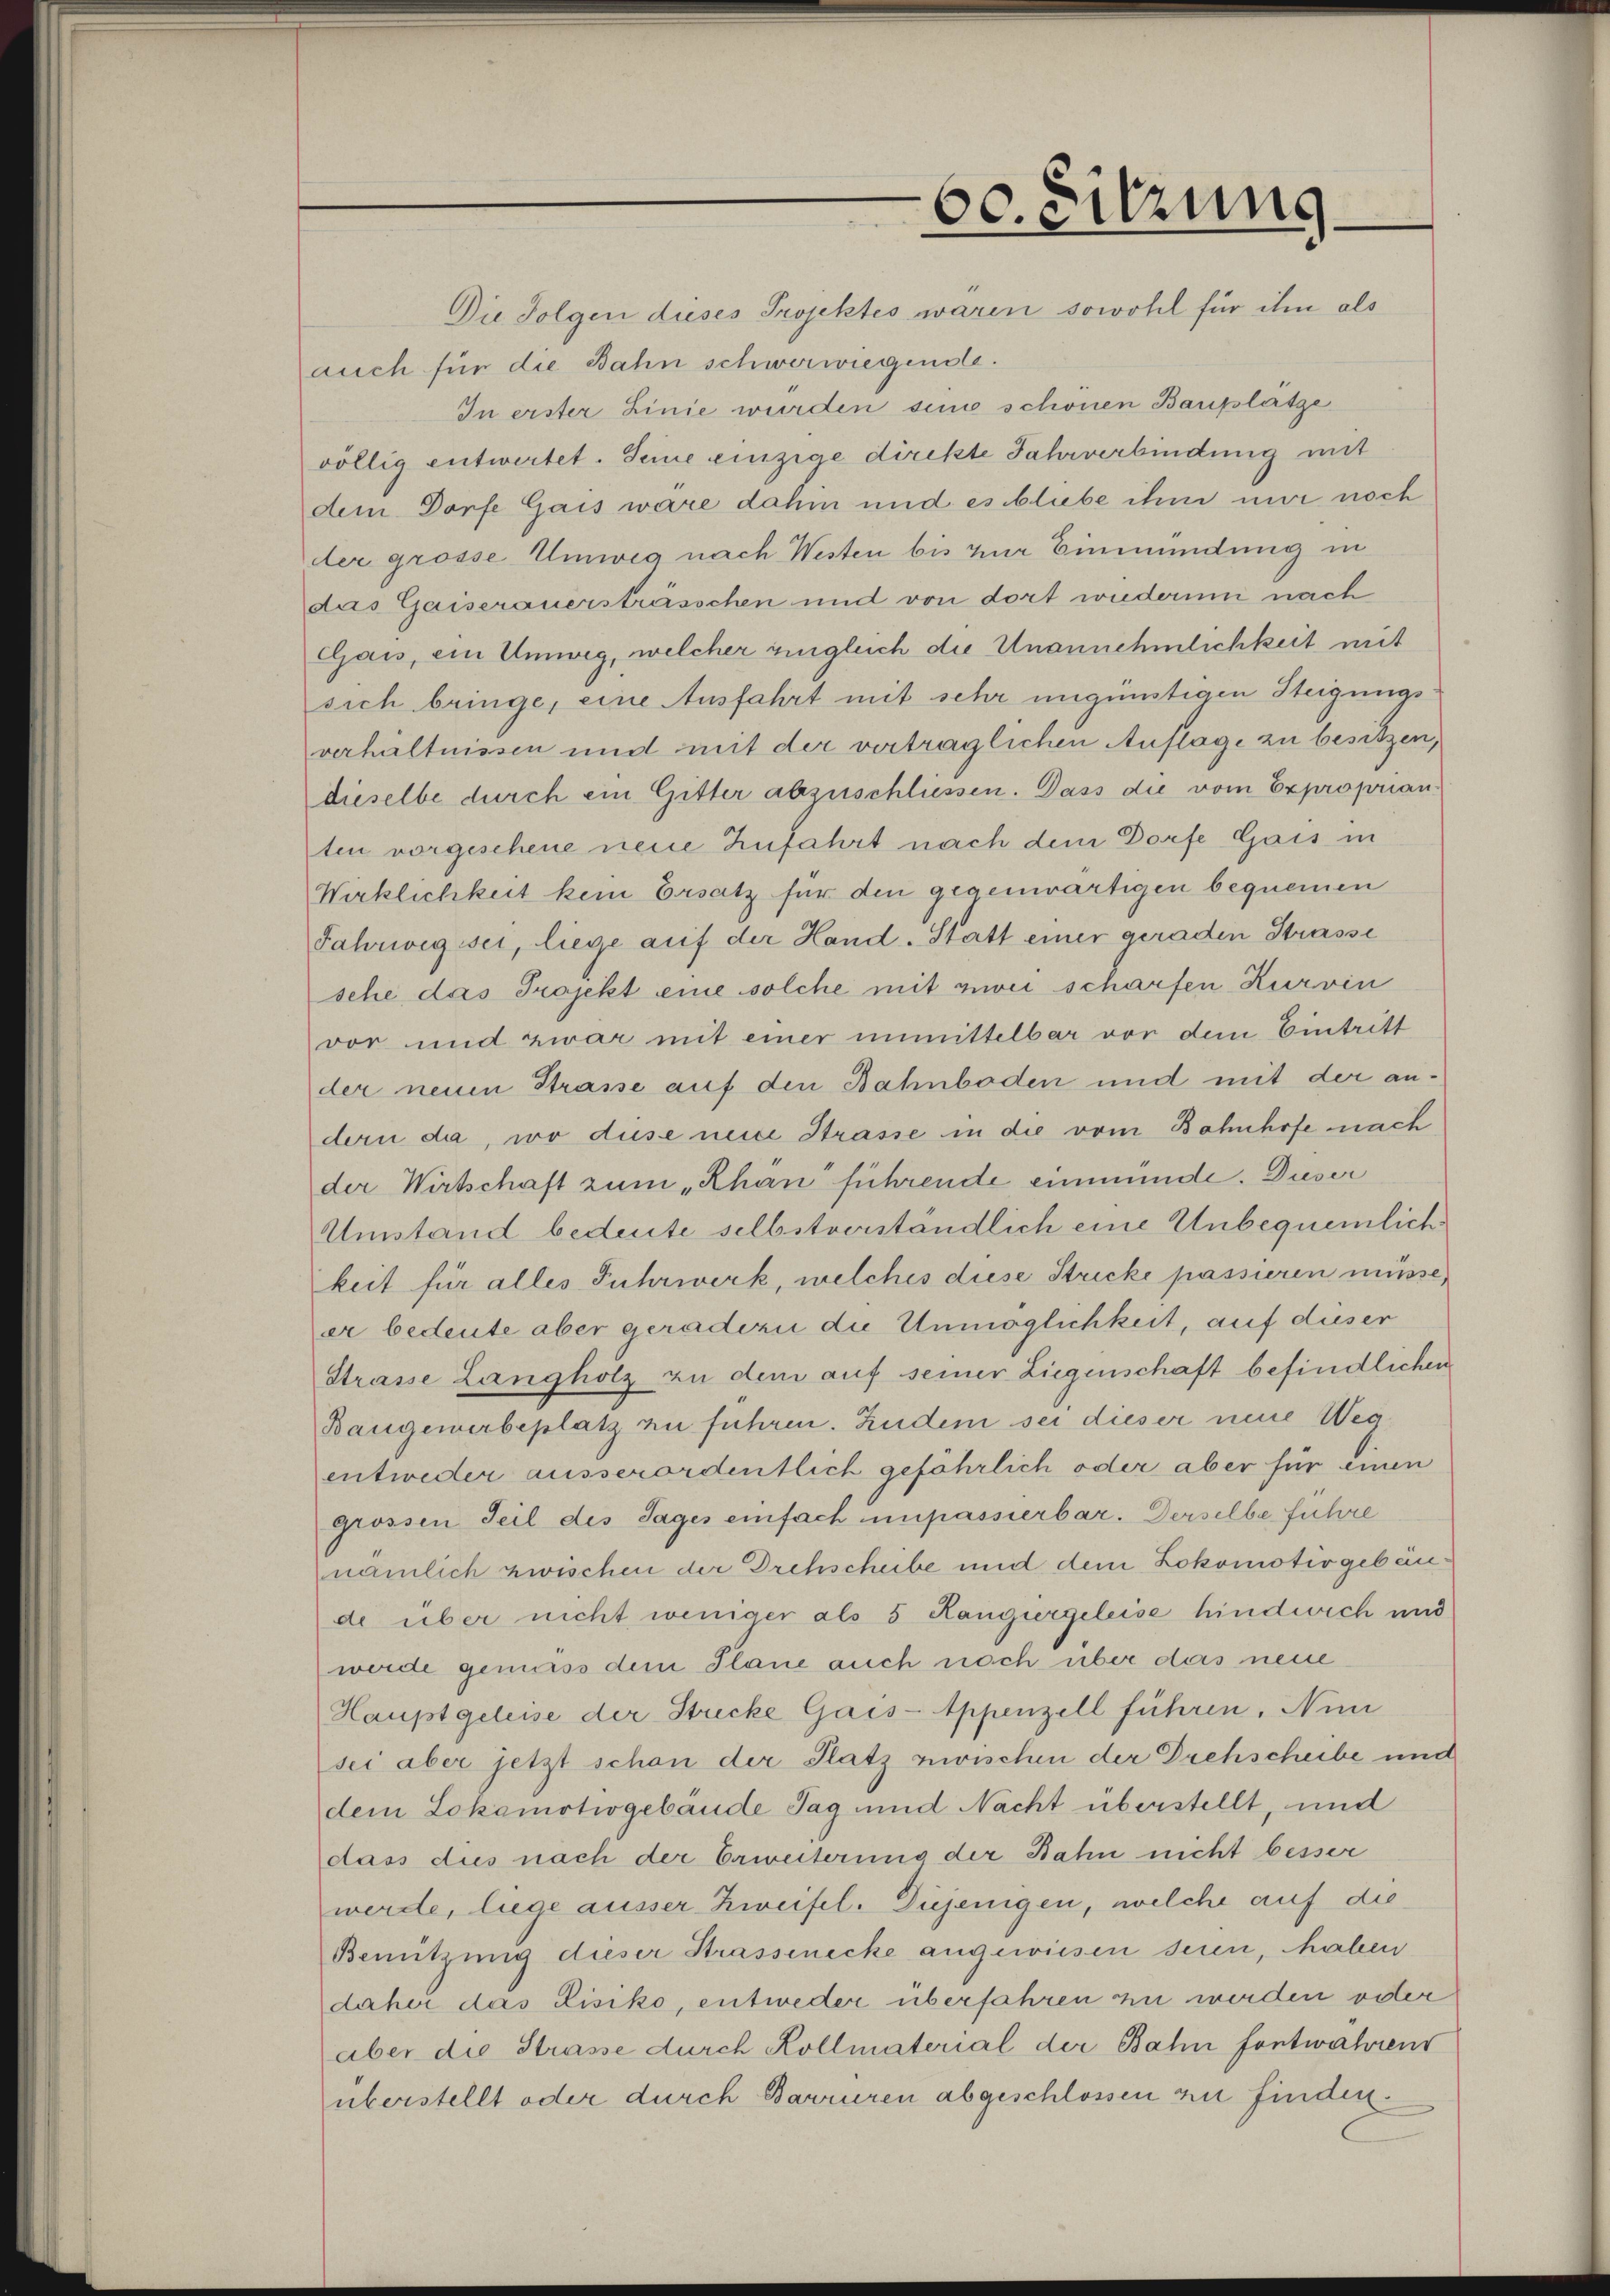
60. Sitzung

Die Folgen dieses Projektes waren sowohl für ihn als
auch für die Bahn schwerwiegende.
In erster Linie wurden sind schönen Bauplatze
völlig entwertet. Seine einzige direkte Jahrverbindung mit
dem Dorfe Gais wäre dahin und es bliebe ihm mir noch
der grosse Umweg nach Westen bis zur Einmündung in
das Gaiserauersträsschen und von dort wiederum nach
Gais, ein Umweg, welcher zugleich die Unannehmlichkeit mit
sich bringe, eine Ausfahrt mit sehr ungünstigen Steigungsverhältnissen und mit der vertraglichen Auflage zu besitzen,
dieselbe durch ein Gitter abzuschlüssen. Dass die vom Exproprianten vorgeschene neue Zufahrt nach dem Dorfe Gais in
Wirklichkeit kein Ersatz für den gegenwärtigen bequemen
Jahrweg sei, liege auf der Hand. Statt einer geraden Strasse
sehe das Projekt eine solche mit zwei scharfen Kurven
vor und zwar mit einer unmittelbar vor dem Eintritt
der neuen Strasse auf den Bahnboden und mit der andern da, wo diese neide Strasse in die vom Bahnhofe nach
der Wirtschaft zum „Rhan führende einmünde. Duser
Umstand bedeute selbstverständlich eine Unbequemlich
keit für alles Fuhrwerk, welches diese Stricke passieren müsse,
er bedeute aber geradern die Unmöglichkeit, auf dieser
Strasse Langholz an dem auf seiner Liegenschaft befindlichen
Bangewerbeplatz zu führen. Zudem sei dieser neue Weg
entweder ausserordentlich gefährlich oder aber für einen
grossen Teil des Tages einfach unpassierbar. Derselbe führe
nämlich zwischen der Drehscheibe und dem Lokomotivgebäude über nicht weniger als 5 Rangiergeleise hindwich und
werde gemäss dem Plane auch noch über das neue
Haupt geleise der Stricke Gais-Appenzell führen. Nun
sei aber jetzt schon der Platz zwischen der Drehscheibe und
dem Lokomotiogebäude Tag und Nacht überstellt, und
dass dies nach der Erweiterung der Bahn nicht besser
werde, liege ausser Zweifel. Düjenigen, welche auf die
Benützung dieser Strassenecke angewiesen seien, haben
daher das Lisiko, entweder überfahren zu werden oder
aber die Strasse durch Kollmaterial der Bahn fontwahrens
überstellt oder durch Barriren abgeschlossen zu finden.